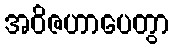
အဝိဇဟာပေတွာ